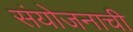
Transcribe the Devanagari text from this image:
संयोजनाची